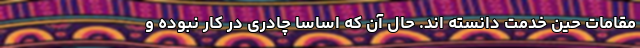
مقامات حین خدمت دانسته اند. حال آن که اساساً چادری در کار نبوده و